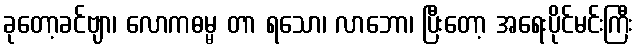
ခုတော့ခင်ဗျာ၊ လောကဓမ္မ တာ ရသော၊ လာဘော၊ ပြီးတော့ အရေးပိုင်မင်းကြီး